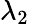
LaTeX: λ_{2}